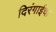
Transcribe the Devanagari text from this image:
दिरंगाईचा